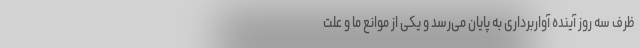
ظرف سه روز آینده آواربرداری به پایان می‌رسد و یکی از موانع ما و علت